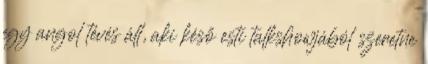
egy angol tévés áll, aki késő esti talkshowjából szeretne